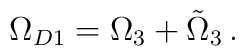
\Omega_{D1} = \Omega_3 + \tilde\Omega_3\,.